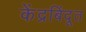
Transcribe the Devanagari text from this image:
केंद्रबिंदूत